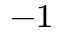
^ { - 1 }